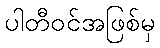
ပါတီဝင်အဖြစ်မှ